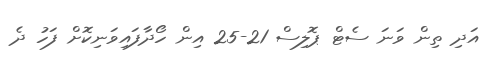
އަދި ތިން ވަނަ ސެޓް ޕޮލިސް 21-25 އިން ހޯދާފައިވަނިކޮށް ފަހު ދެ